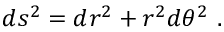
d s ^ { 2 } = d r ^ { 2 } + r ^ { 2 } d \theta ^ { 2 } \ .